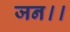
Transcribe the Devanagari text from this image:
जन।।